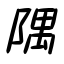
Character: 隅